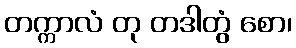
တက္ကာလံ တု တဒါတွံ စော၊